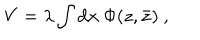
LaTeX: V = \lambda \int \mathrm { d } x \ \Phi ( z , { \bar { z } } ) \ ,